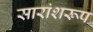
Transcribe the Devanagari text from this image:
सारांशरूप